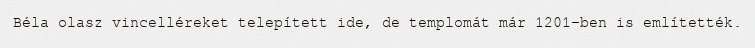
Béla olasz vincelléreket telepített ide, de templomát már 1201-ben is említették.